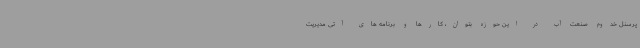
پرسنل خدوم صنعت آب در این حوزه بتوان، کارها و برنامه های آتی مدیریت